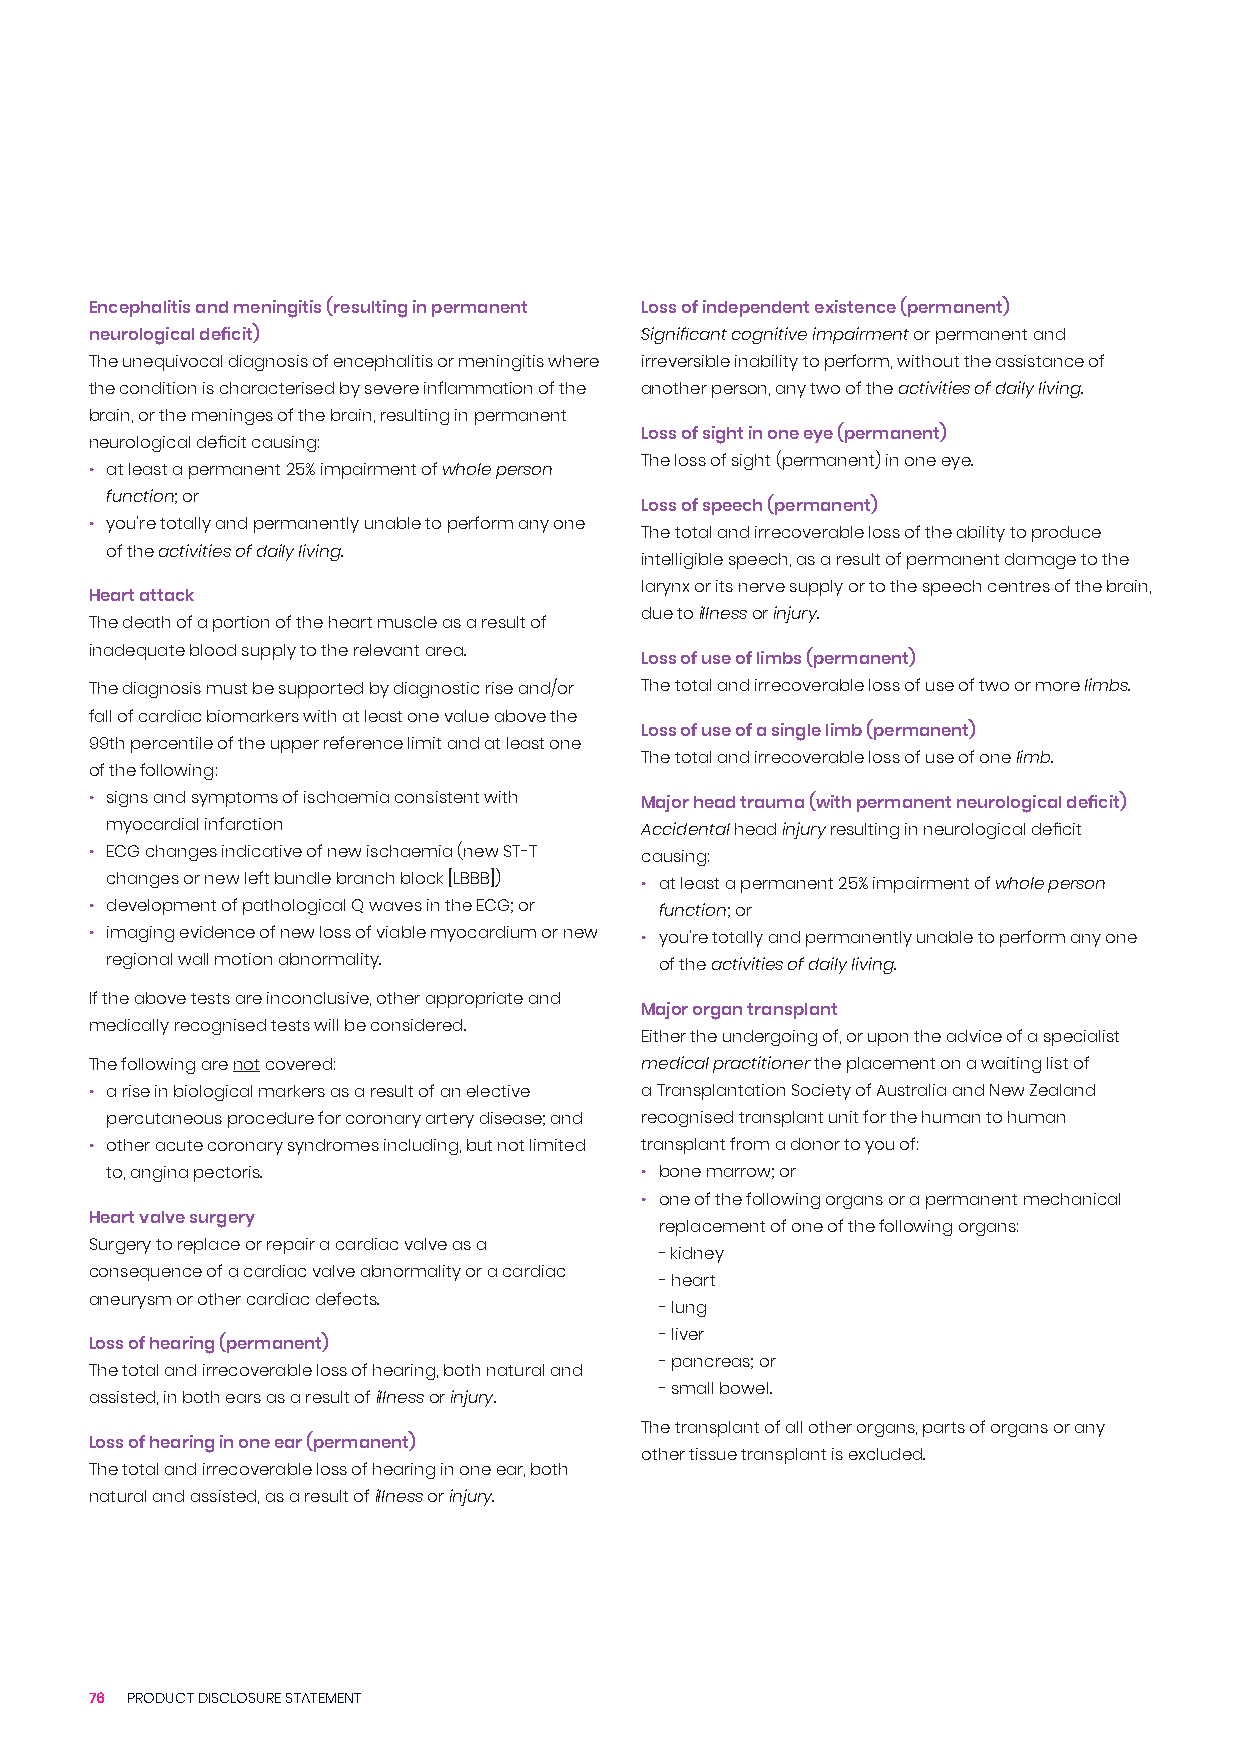
Encephalitis and meningitis (resulting in permanent Loss of independent existence (permanent)
 neurological deficit)               Significant cognitive impairment or permanent and
 The unequivocal diagnosis of encephalitis or meningitis where irreversible inability to perform, without the assistance of
 the condition is characterised by severe inflammation of the another person, any two of the activities of daily living.
 brain, or the meninges of the brain, resulting in permanent
 Loss of sight in one eye (permanent)
 neurological deficit causing:
 The loss of sight (permanent) in one eye.
 • at least a permanent 25% impairment of whole person
 function; or
 Loss of speech (permanent)
 • you’re totally and permanently unable to perform any one
 The total and irrecoverable loss of the ability to produce
 of the activities of daily living.
 intelligible speech, as a result of permanent damage to the
 larynx or its nerve supply or to the speech centres of the brain,
 Heart attack
 due to illness or injury.
 The death of a portion of the heart muscle as a result of
 inadequate blood supply to the relevant area.
 Loss of use of limbs (permanent)
 The diagnosis must be supported by diagnostic rise and/or The total and irrecoverable loss of use of two or more limbs.
 fall of cardiac biomarkers with at least one value above the
 Loss of use of a single limb (permanent)
 99th percentile of the upper reference limit and at least one
 The total and irrecoverable loss of use of one limb.
 of the following:
 • signs and symptoms of ischaemia consistent with Major head trauma (with permanent neurological deficit)
 myocardial infarction              Accidental head injury resulting in neurological deficit
 • ECG changes indicative of new ischaemia (new ST-T causing:
 changes or new left bundle branch block [LBBB]) • at least a permanent 25% impairment of whole person
 • development of pathological Q waves in the ECG; or function; or
 • imaging evidence of new loss of viable myocardium or new • you’re totally and permanently unable to perform any one
 regional wall motion abnormality.    of the activities of daily living.
 If the above tests are inconclusive, other appropriate and
 Major organ transplant
 medically recognised tests will be considered.
 Either the undergoing of, or upon the advice of a specialist
 The following are not covered:      medical practitioner the placement on a waiting list of
 • a rise in biological markers as a result of an elective a Transplantation Society of Australia and New Zealand
 percutaneous procedure for coronary artery disease; and recognised transplant unit for the human to human
 • other acute coronary syndromes including, but not limited transplant from a donor to you of:
 to, angina pectoris.               • bone marrow; or
 • one of the following organs or a permanent mechanical
 Heart valve surgery
 replacement of one of the following organs:
 Surgery to replace or repair a cardiac valve as a
 - kidney
 consequence of a cardiac valve abnormality or a cardiac
 - heart
 aneurysm or other cardiac defects.
 - lung
 - liver
 Loss of hearing (permanent)
 - pancreas; or
 The total and irrecoverable loss of hearing, both natural and
 - small bowel.
 assisted, in both ears as a result of illness or injury.
 The transplant of all other organs, parts of organs or any
 Loss of hearing in one ear (permanent)
 other tissue transplant is excluded.
 The total and irrecoverable loss of hearing in one ear, both
 natural and assisted, as a result of illness or injury.
 76 PRODUCT DISCLOSURE STATEMENT